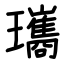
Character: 瓗